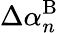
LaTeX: \Delta\alpha_{n}^{\mathrm{B}}